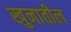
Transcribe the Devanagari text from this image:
खुनातील